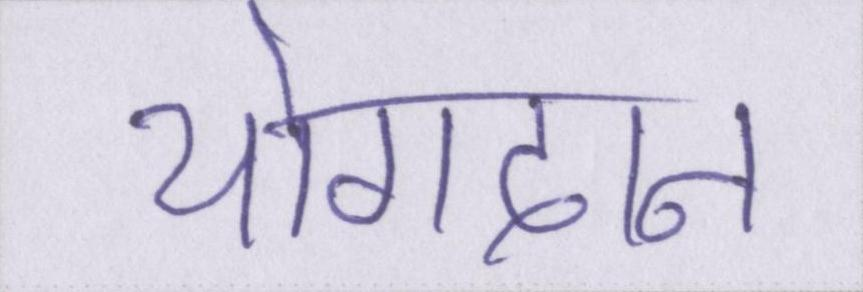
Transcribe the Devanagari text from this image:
योगदान